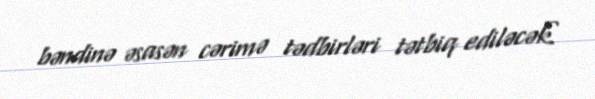
bəndinə əsasən cərimə tədbirləri tətbiq ediləcək.